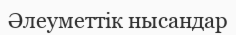
Әлеуметтік нысандар